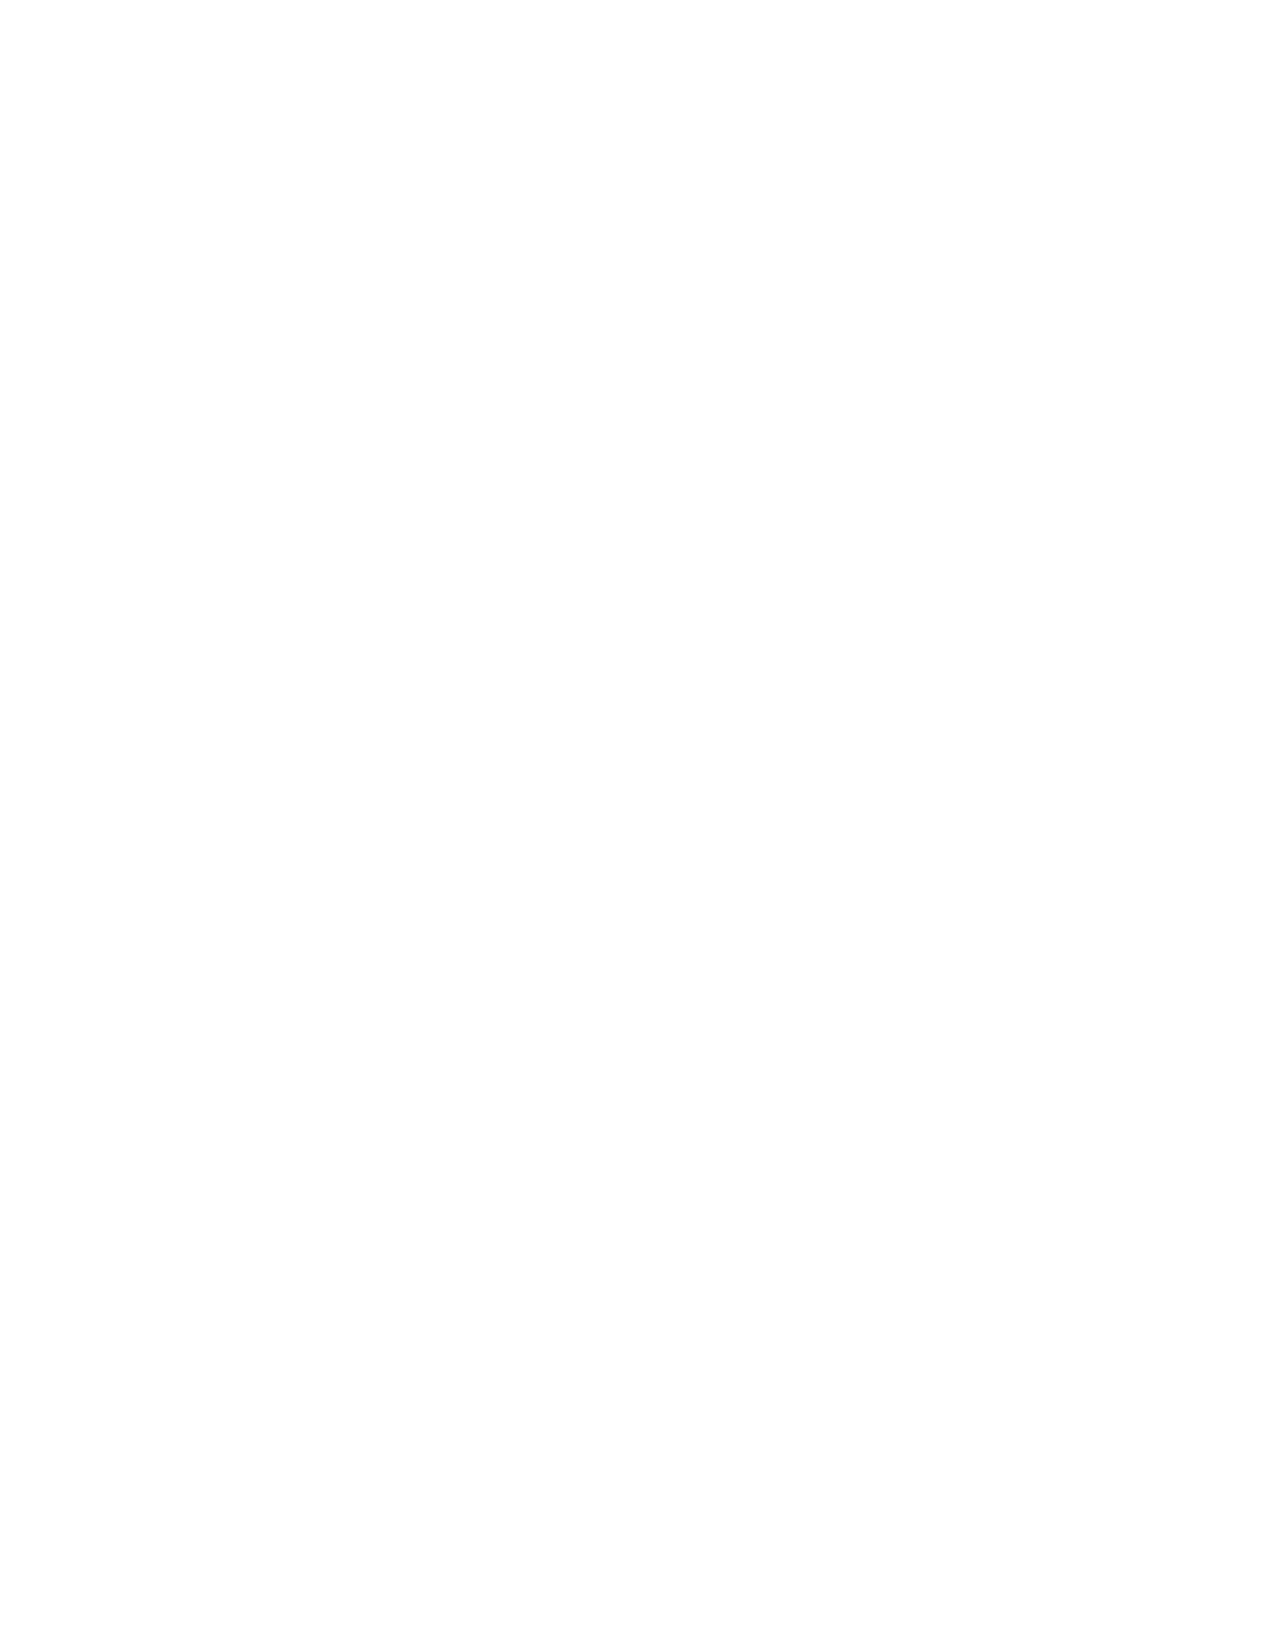
VerDate Apr 14 2004 11:04 Apr 14, 2004 Jkt 077500 PO 00000 Frm 00002 Fmt 8221 Sfmt 8221 C:\CONAN\CON047.XXX PRFM99 PsN: CON047